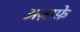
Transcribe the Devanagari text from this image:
अज़ाफ़े